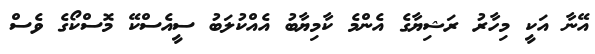
އޭނާ އަކީ މިހާރު ރަޝިޔާގެ އެންމެ ކާމިޔާބު އެއްކުލަބު ސީއެސްކޭ މޮސްކޯގެ ވެސް